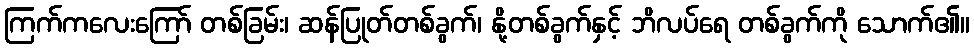
ကြက်ကလေးကြော် တစ်ခြမ်း၊ ဆန်ပြုတ်တစ်ခွက်၊ နို့တစ်ခွက်နှင့် ဘိလပ်ရေ တစ်ခွက်ကို သောက်၏။